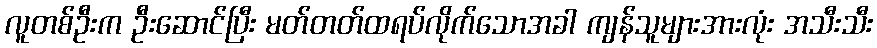
လူတစ်ဦးက ဦးဆောင်ပြီး မတ်တတ်ထရပ်လိုက်သောအခါ ကျန်သူများအားလုံး အသီးသီး